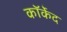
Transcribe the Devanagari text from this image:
कॉर्केद